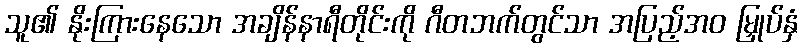
သူ၏ နိုးကြားနေသော အချိန်နာရီတိုင်းကို ဂီတဘက်တွင်သာ အပြည့်အဝ မြှုပ်နှံ